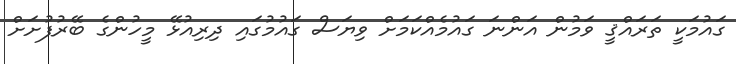
ގައުމަކީ ތަރައްޤީ ވަމުން އަންނަ ގައުމެއްކަމަށް ވިޔަސް ގައުމުގައި ދިރިއުޅޭ މީހުންގެ ބޭރުފުށަށް